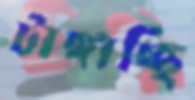
টাঙ্গাচ্ছি